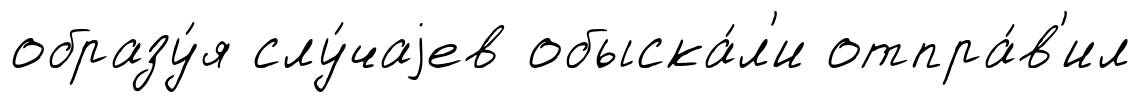
образу́я слу́чаjев обыска́л'и отпра́в'ил